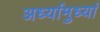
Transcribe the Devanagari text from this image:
अर्ध्यामुर्ध्या